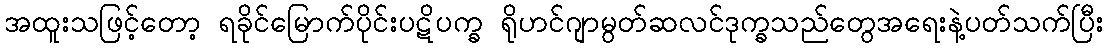
အထူးသဖြင့်တော့ ရခိုင်မြောက်ပိုင်းပဋိပက္ခ ရိုဟင်ဂျာမွတ်ဆလင်ဒုက္ခသည်တွေအရေးနဲ့ပတ်သက်ပြီး